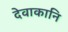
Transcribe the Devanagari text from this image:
देवाकानि